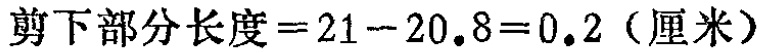
剪下部分长度\(=21 - 20.8 = 0.2\)（厘米）